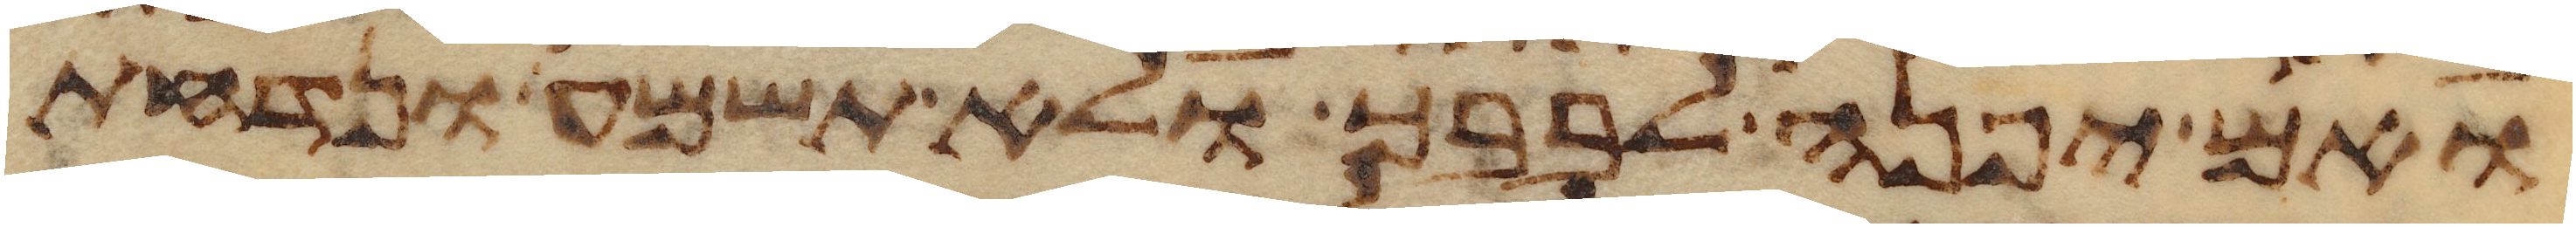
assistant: ואם יפנה לבבך ולא תשמע ונדחת